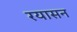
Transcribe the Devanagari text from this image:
रयासन